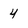
Character: 4